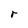
Character: r